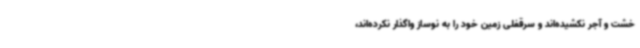
خشت و آجر نکشیده‌اند و سرقفلی زمین خود را به نوساز واگذار نکرده‌اند،